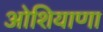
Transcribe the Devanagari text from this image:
ओशियाणा